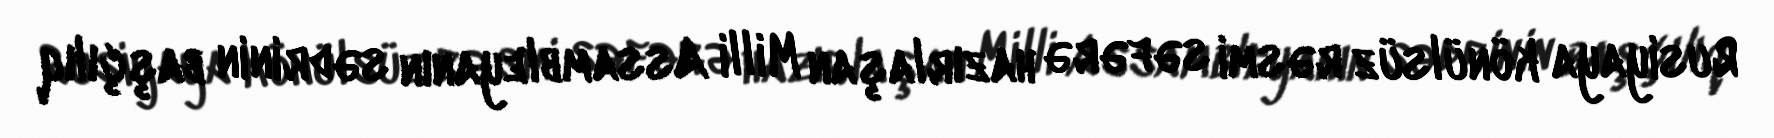
Rusiyaya könülsüz rəsmi səfərə hazırlaşan Milli Assambleyanın sədrinin başçılıq